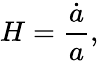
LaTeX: H={\frac{\dot{a}}{a}},